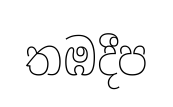
තඹදීප